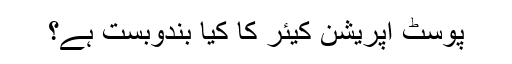
پوسٹ آپریشن کیئر کا کیا بندوبست ہے؟